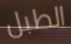
الطبل